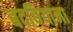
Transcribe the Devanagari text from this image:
बदवियाना